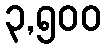
၃,၅၀၀